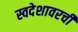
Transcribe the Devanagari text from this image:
स्वदेशावरची